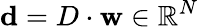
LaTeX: \mathbf{d}=D\cdot\mathbf{w}\in\mathbb{R}^{N}